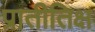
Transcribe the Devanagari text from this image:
प्रातीतिक्ष